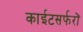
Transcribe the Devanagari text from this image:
काईटसर्फरों